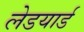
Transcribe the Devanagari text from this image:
लेडयार्ड